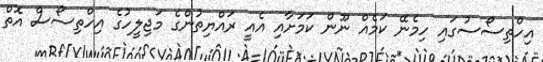
އިހްތިސޯސުގައި ހިމެނޭ ކަމެއް ނޫން ކަމަށާއި އެއީ ރައްޔިތުންގެ މަޖިލީހުގެ އިހްތިސޯސް އޮތް